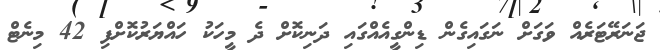
ޖަނަރޭޓަރެއް ވަގަށް ނަގައިގެން ޑިންގީއެއްގައި ދަނިކޮށް ދެ މީހަކު ހައްޔަރުކޮށްފި 42 މިނެޓް